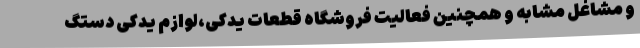
و مشاغل مشابه و همچنین فعالیت فروشگاه قطعات یدکی،‌لوازم یدکی دستگ